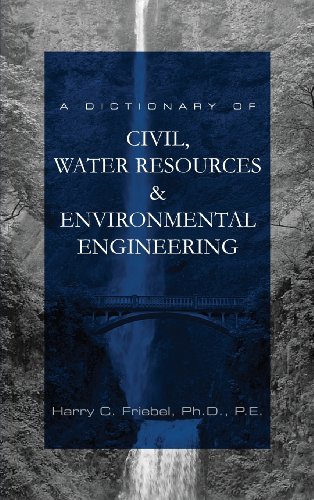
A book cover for A Dictionary of Civil, Water Resources & Environmental Engineering; Harry C. Friebel; Engineering & Transportation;